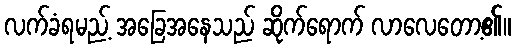
လက်ခံရမည့် အခြေအနေသည် ဆိုက်ရောက် လာလေတော့၏။